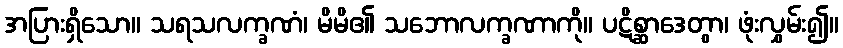
အပြားရှိသော။ သရသလက္ခဏံ၊ မိမိ၏ သဘောလက္ခဏာကို။ ပဋိစ္ဆာဒေတွာ၊ ဖုံးလွှမ်း၍။